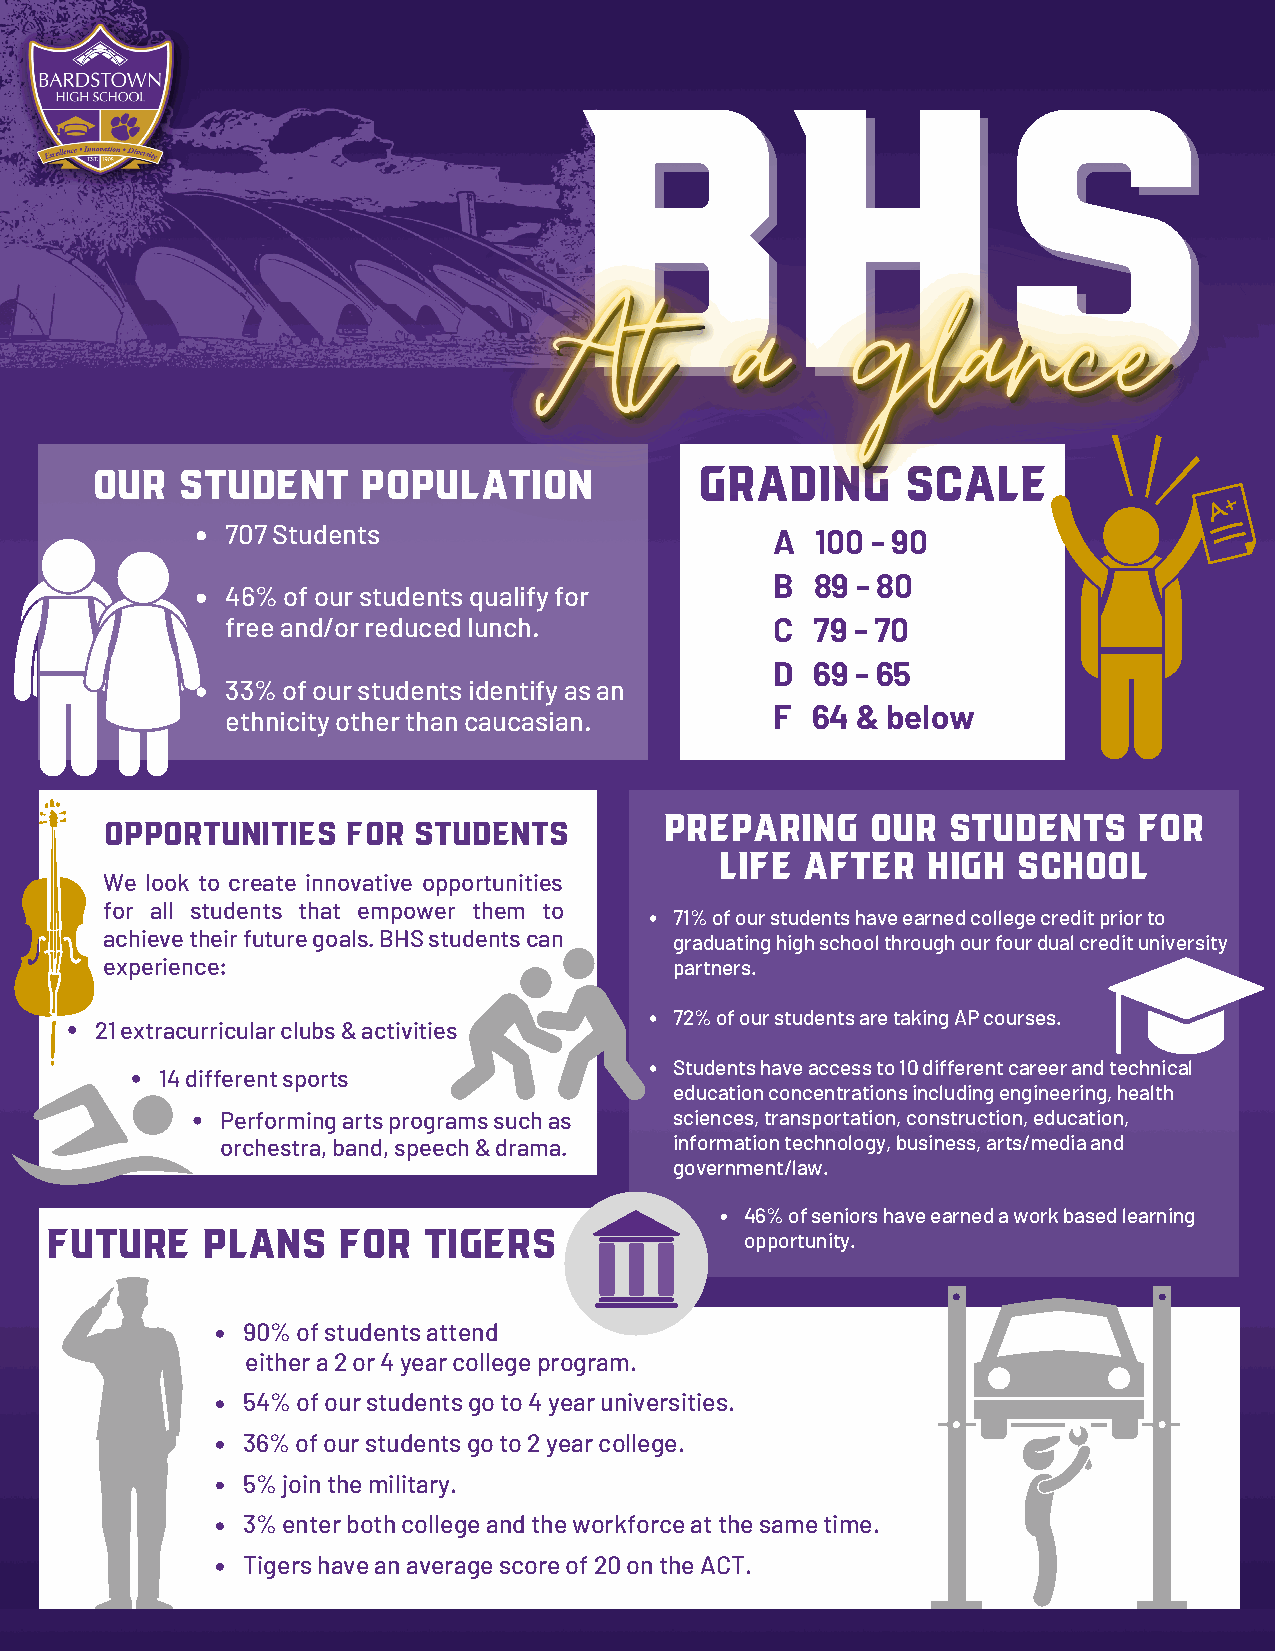
BHS
 BHS
 Our   student     population            grading       scale
 707 Students                        A  100 - 90
 B  89 - 80
 46% of our students qualify for
 free and/or reduced lunch.          C  79 - 70
 D  69 - 65
 33% of our students identify as an
 F  64 & below
 ethnicity other than caucasian.
 Preparing     our  students    for
 opportunities   for students
 life after   high  school
 We look to create innovative opportunities
 for all students that empower them to
 71% of our students have earned college credit prior to
 achieve their future goals. BHS students can graduating high school through our four dual credit university
 experience:                           partners.
 72% of our students are taking AP courses.
 21 extracurricular clubs & activities
 Students have access to 10 different career and technical
 14 different sports
 education concentrations including engineering, health
 Performing arts programs such as sciences, transportation, construction, education,
 orchestra, band, speech & drama. information technology, business, arts/media and
 government/law.
 46% of seniors have earned a work based learning
 Future    plans    for   Tigers
 opportunity.
 90% of students attend
 either a 2 or 4 year college program.
 54% of our students go to 4 year universities.
 36% of our students go to 2 year college.
 5% join the military.
 3% enter both college and the workforce at the same time.
 Tigers have an average score of 20 on the ACT.